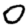
Digit: 0